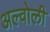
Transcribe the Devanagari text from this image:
अल्वोली